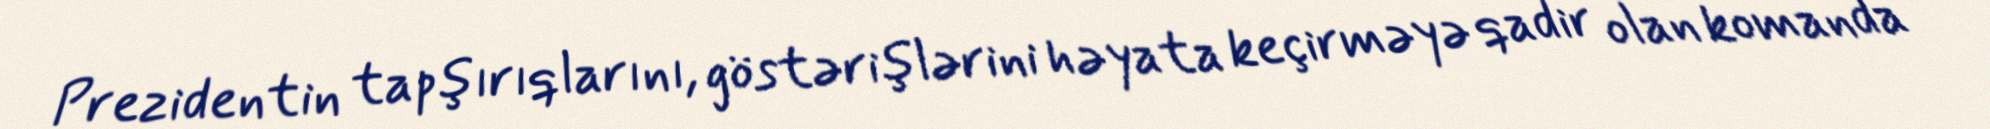
Prezidentin tapşırıqlarını, göstərişlərini həyata keçirməyə qadir olan komanda